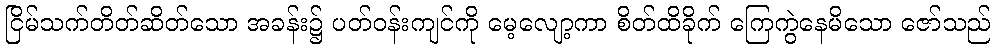
ငြိမ်သက်တိတ်ဆိတ်သော အခန်း၌ ပတ်ဝန်းကျင်ကို မေ့လျော့ကာ စိတ်ထိခိုက် ကြေကွဲနေမိသော ဇော်သည်